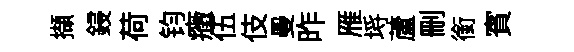
擷鋟荷钧癥伍伎曼昨雁埓蘆删銜賓